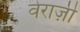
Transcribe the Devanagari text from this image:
वेराज़ी